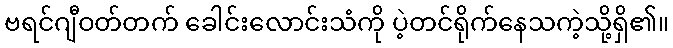
ဗရင်ဂျီဝတ်တက် ခေါင်းလောင်းသံကို ပဲ့တင်ရိုက်နေသကဲ့သို့ရှိ၏။